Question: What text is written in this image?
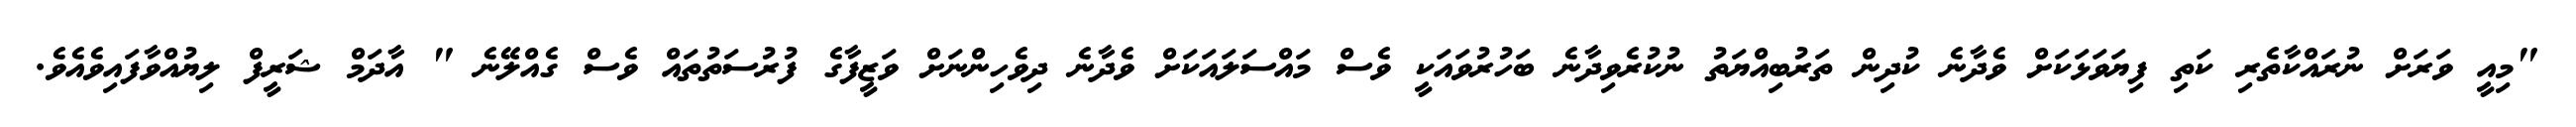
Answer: "މިއީ ވަރަށް ނުރައްކާތެރި ކަތި ފިޔަވަޅަކަށް ވެދާނެ ކުދިން ތަރުބިއްޔަތު ނުކުރެވިދާނެ ބަހުރުވައަކީ ވެސް މައްސަލައަކަށް ވެދާނެ ދިވެހިންނަށް ވަޒީފާގެ ފުރުސަތުތައް ވެސް ގެއްލޭނެ " އާދަމް ޝަރީފް ލިޔުއްވާފައިވެއެވެ.